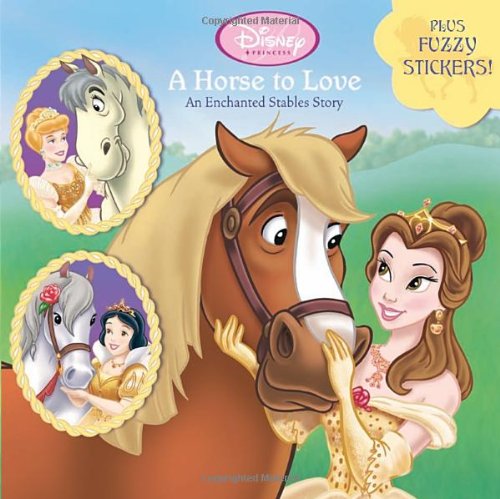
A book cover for A Horse to Love: An Enchanted Stables Story (Disney Princess) (Pictureback(R)); Melissa Lagonegro; Children's Books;